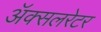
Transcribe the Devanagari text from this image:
ॲक्सलरेटर